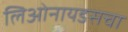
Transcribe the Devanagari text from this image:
लिओनायडसचा